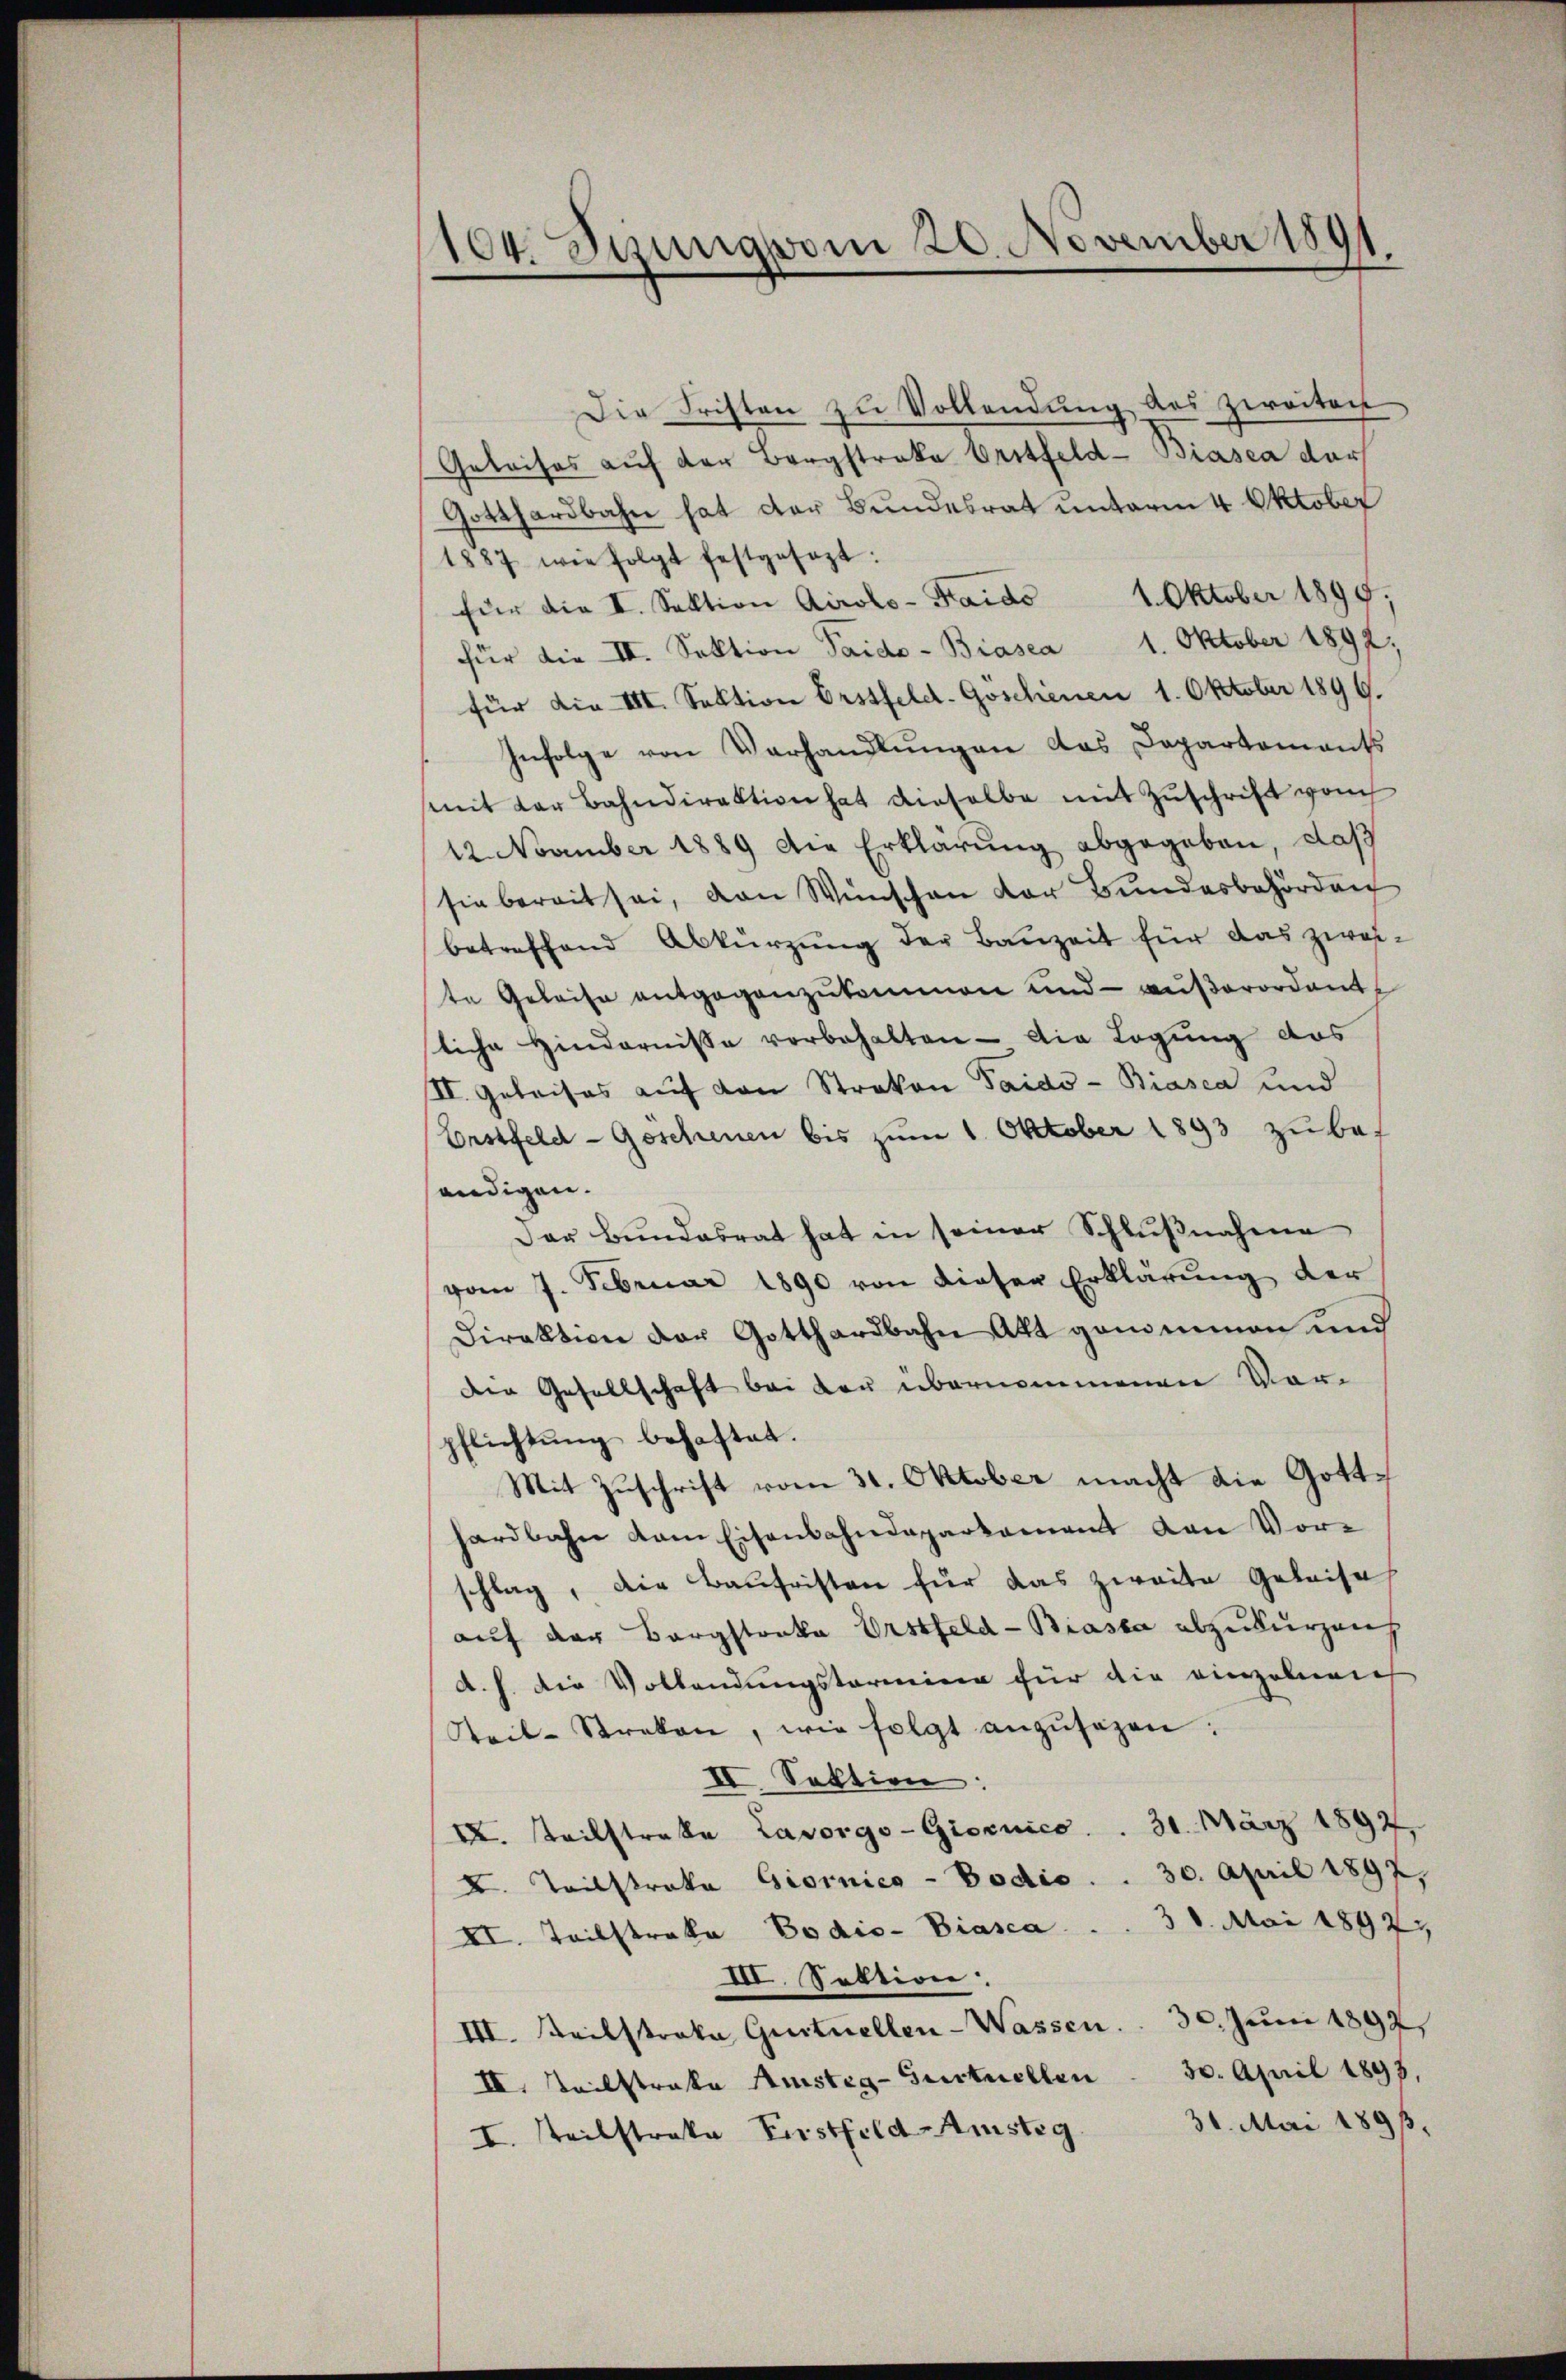
104. Jung vom 20. November 1891.

Die Fristen zu Vollendung des Zweiten
Geleises auf der Bergstreke Erstfeld- Biasca der
Gotthardbahn hat der Bundesrat unterm 4 Oktober
1887 wie folgt festgesezt:
für die I. Sektion Airolo-Faido 1. Oktober 1890;
für die III. Sektion Saido- Biasca 1. Oktober 1892,
für die III. Sektion Erstfeld-Goschienen 1. Oktober 1899.
Infolge von Verhandlŭngen das Departements
mit der Bahndirektion hat dieselbe mit Zŭschrift vom
12. November 1889 die Erklärung abgegeben, daß
sie bereit sei, von Wünschen der Bundesbehörden
betreffend Abkürzung der Bauzeit für das zweite Geleise entgegenzŭkommen und außerordente
liche Hindernisse vorbehalten - die Legung das
II. Geleises aŭf von Strakon Paido- Biasca und
Erstfeld - Geschenen bis zum 1. Oktober 1893 zu bef
endigen.
Der Bundesrat hat in seiner Schlŭβnahme
vom 7. Februar 1890 von dieser Erklärung der
Direktion der Gotthardbahn Akt genommen und
der Gesellschaft bei der übernommenen Vor-
pflichtŭng behaftet.
Mit Zŭschrift vom 31. Oktober macht die Gotthardbahn dem Eisenbahndepartement von Vor-
schlag, die Baufristen für das zweite Geleise
aŭf der Bergstanka Urstfeld-Biasca abzukurzen,
d. h. die Vollendungsterminen für die einzelneich
Steil-Streken, wie folgt anzŭsehen:
II. Sektion:
IX. steilstraße Lavorgo-Giornico . . 31. März 1897,
X. Teilstrata Giornico - Podio . . 30. April 1897,
II. Teilstraka Bodio- Biasca                            3 8. Mai 1892.
III. Sektion:
III. Keilstraka Gurtuellen-Wassen . . 30. Juni 1892
III. Seilstrate Anstig-Gurtuellen 30. April 1893,
30. Mai 1891.
I. steilstrata Firstfeld-Amistig